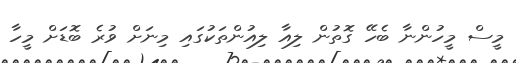
މީސް މީހުންނާ ބެހޭ ގޮތުން ލިއާ ލިއުންތަކުގައި މިނަށް ވުރެ ބޮޑަށް މީހާ